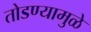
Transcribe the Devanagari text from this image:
तोडण्यामुळे